system: You are a helpful assistant.
user:
Analyze the provided spectrum to determine if it is a **Carbon Star (C-type)**.

- **Key Visual Indicators of Carbon Star:**
    - **(Primary):** Strong molecular absorption from **C₂ (diatomic carbon) "Swan Bands."** This is the **defining feature** of a carbon star.
        - **(Key Bandheads):** Sharp absorption edges are visible at approximately $5635$ Å, $5165$ Å (the strongest band), and $4737$ Å.
        - **(Line Profile):** Creates a distinct **"saw-tooth"** pattern. The key morphology is a sharp, steep bandhead on the **red (long-wavelength) side**, which then gradually tapers off (i.e., flux recovers) towards the **blue (short-wavelength) side**. *(This is the direct opposite of the TiO bands seen in M-type stars)*.

    - **(Secondary):** Intense **CN (cyanogen)** molecular absorption bands.
        - **(Key Bandheads):** Located in the blue and violet regions of the spectrum (e.g., near $4215$ Å and $3883$ Å).
        - **(Morphology):** These bands are extremely broad and act as a "blanket," absorbing the vast majority of blue and violet light. This creates a characteristic **"cliff"** or **"steep drop-off"** in the spectrum's flux at short wavelengths.

    - **(Key Confirmation):** Strong **CH absorption band (G-band)**.
        - **(Key Bandhead):** Located around $4300$ Å. The contribution from CH molecules to this band is exceptionally strong.

    - **(Overall Spectrum):**
        - The continuum is severely "chopped up" by these deep molecular bands, especially C₂, rather than appearing as a smooth curve.
        - Due to the heavy CN and C₂ absorption in the blue-green, the vast majority of the star's flux is concentrated in the red part of the spectrum, giving the star its characteristic deep red color.

Think first, call **spectral_visualization_tool** if needed to examine features in detail, then provide your final answer. Your response must adhere to the following strict rules:
1.  **Overall Structure:** Your response must follow the format `<think>...</think> <tool_call>...</tool_call> (if a tool is used) <answer>...</answer>`.
2.  **Tool Usage Constraint:** You may only make **one** tool call per turn.
3.  **Final Answer Format:** In the `<answer>` tag, your conclusion must be inside a `\boxed{}` command (e.g., `\boxed{YES}`), followed by your justification.

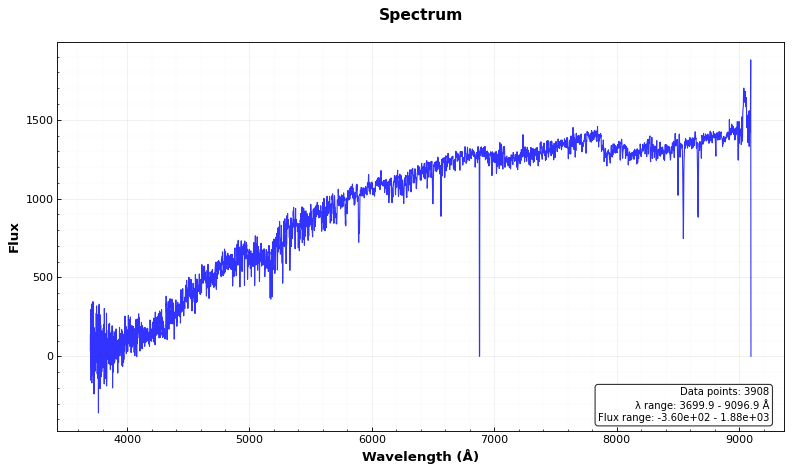
Answer: NO